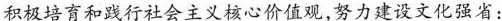
积极培育和践行社会主义核心价值观，努力建设文化强省：